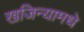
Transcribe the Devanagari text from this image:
खजिन्यामधे